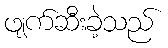
ဖျက်ဆီးခဲ့သည်